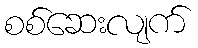
စစ်ဆေးလျက်